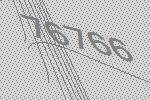
76766